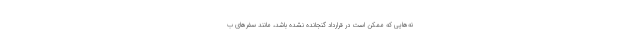
نه‌هایی که ممکن است در قرارداد گنجانده نشده باشد، مانند سفر‌های ب